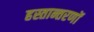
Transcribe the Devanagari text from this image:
हस्तान्तरणों